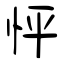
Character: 怦